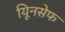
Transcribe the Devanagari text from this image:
यूिनसेफ